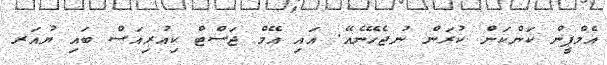
އެމްޕީން ކަންކަން ކުރަން ނުޖެހޭނެއޭ. އައި އޭމް ޖަަސްޓް ކިއުރިއަސް ބައި ޔުއަރ